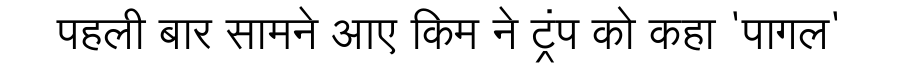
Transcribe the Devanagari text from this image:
पहली बार सामने आए किम ने ट्रंप को कहा 'पागल'